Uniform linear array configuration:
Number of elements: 16
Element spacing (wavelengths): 0.5
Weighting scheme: hann
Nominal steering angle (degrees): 60
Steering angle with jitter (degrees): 58.752
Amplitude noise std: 0.05
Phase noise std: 0.05

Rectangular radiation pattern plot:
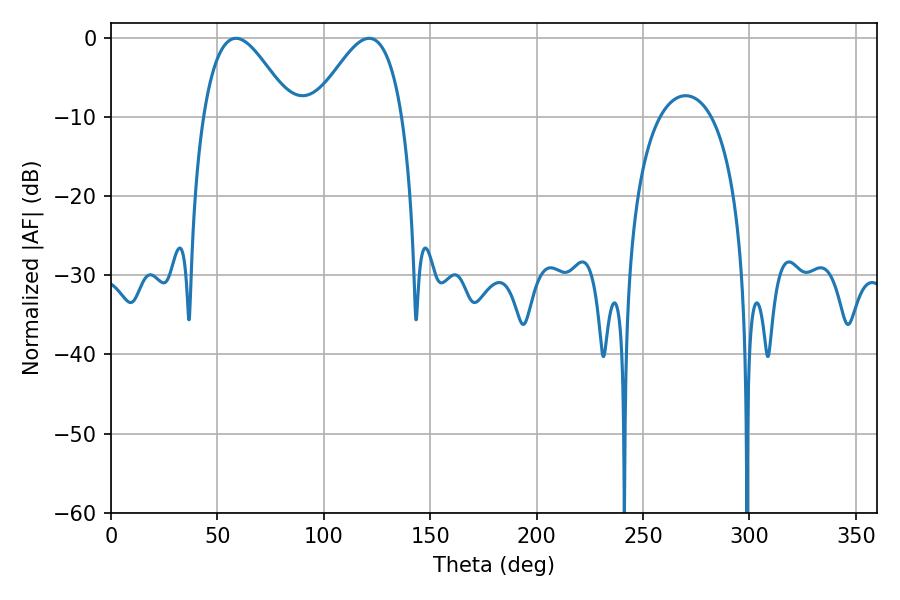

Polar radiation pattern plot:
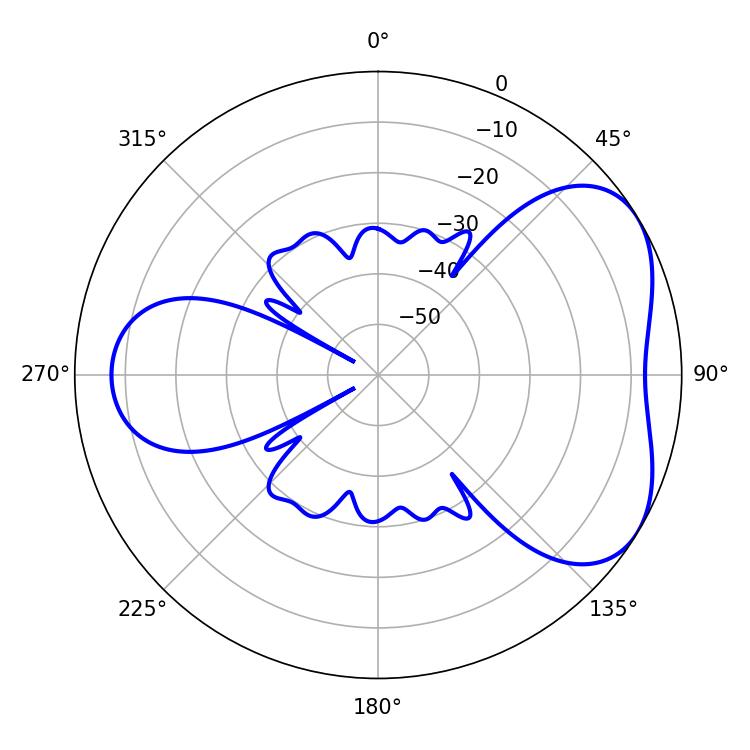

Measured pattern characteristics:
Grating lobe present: FALSE
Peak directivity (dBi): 4.657
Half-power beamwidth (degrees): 22.32
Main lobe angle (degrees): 58.68